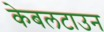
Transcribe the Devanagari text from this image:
केबलटाउन